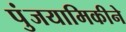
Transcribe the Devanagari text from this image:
पुंजयामिकीने